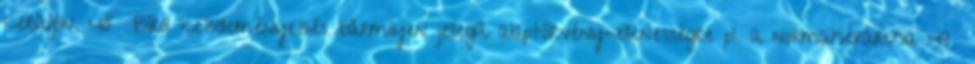
kerüljön. 48 Bírói kezdeményezés bármilyen jellegű alaptörvény-ellenességre pl. a normahierarchia 49